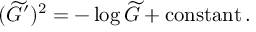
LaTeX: ( \widetilde { G } ^ { \prime } ) ^ { 2 } = - \log \widetilde { G } + \mathrm { c o n s t a n t } \, .